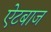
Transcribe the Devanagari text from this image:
ऐटबाज